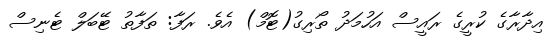
އިދާރާގެ ކުރީގެ ރައީސް އަހުމަދު ތޯރިގު(ޓޮމް) އެވެ. ރަފާ: ތަފާތު ޓޭބަލް ޓެނިސް